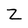
Character: Z